Annual report on the lock hospitals of the Madras Presidency
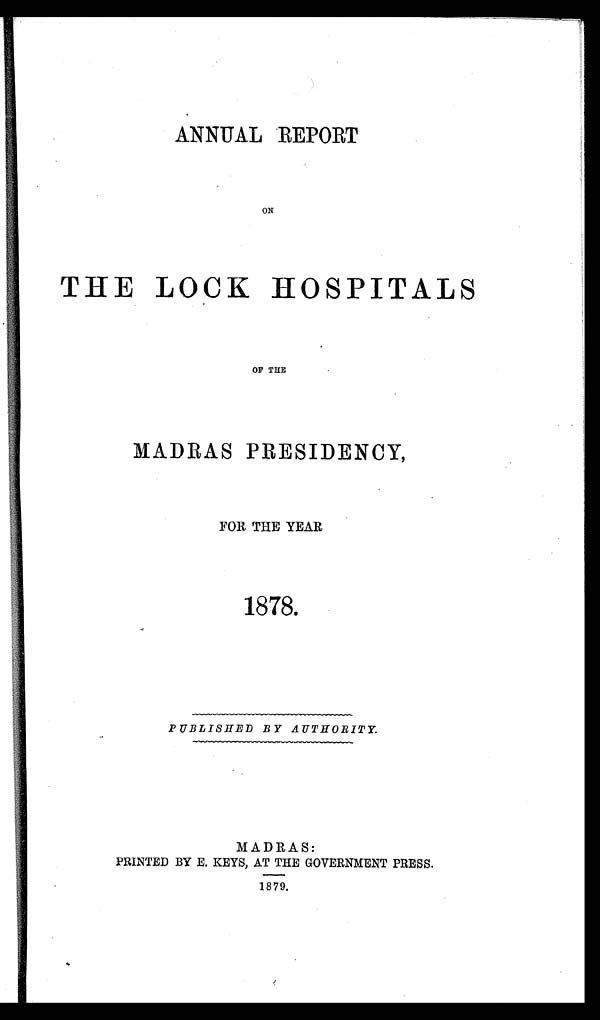
ANNUAL REPORT
ON
THE LOCK HOSPITALS
OF THE
MADRAS PRESIDENCY,
FOR THE YEAR
1878.
PUBLISHED BY AUTHORITY.
MADRAS:
PRINTED BY E. KEYS, AT THE GOVERNMENT PRESS.
1879.